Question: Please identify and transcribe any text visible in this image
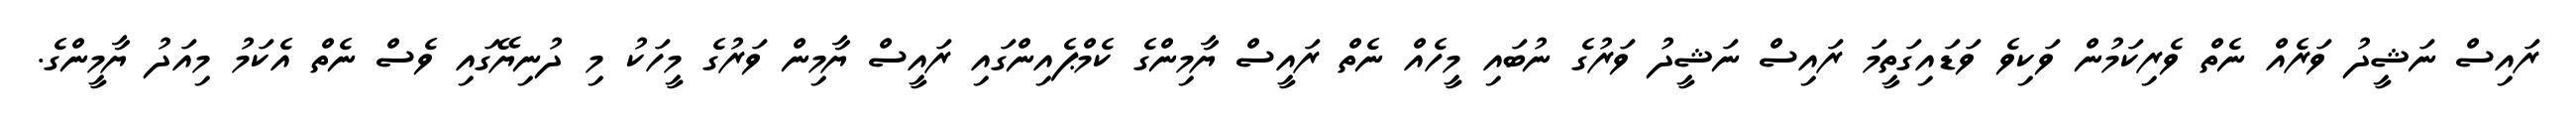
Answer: ރައިސް ނަޝީދު ވަރެއް ނެތް ވެރިކަމުން ވަކިވެ ވަޑައިގަތީމަ ރައިސް ނަޝީދު ވަރުގެ ނުބައި މީހެއް ނެތް ރައީސް ޔާމިންގެ ކެމްޕެއިންގައި ރައީސް ޔާމިން ވަރުގެ މީހަކު މި ދުނިޔޭގައި ވެސް ނެތް އެކަމު މިއަދު ޔާމީންގެ.